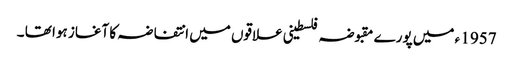
1957 ء میں پورے مقبوضہ فلسطینی علاقوں میں انتفاضہ کا آغاز ہوا تھا ۔